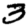
Digit: 3